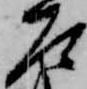
左